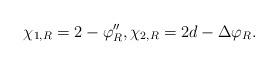
LaTeX: \begin{align*}\chi_{1,R} = 2-\varphi''_R, \chi_{2,R} = 2d-\Delta \varphi_R. \end{align*}